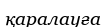
қаралауға